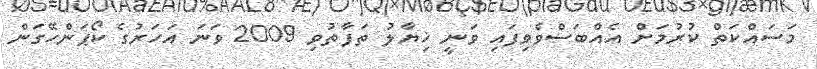
މަސައްކަތް ކުރުމަށް އެއްބަސްވެވިފައި ވަނީ ޚިޔާލު ތަފާތުވި 2009 ވަނަ އަހަރުގެ ކޯޕަންހޭގަން